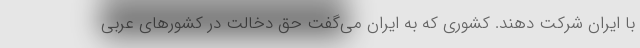
با ایران شرکت دهند. کشوری که به ایران می‌گفت حق دخالت در کشورهای عربی